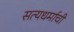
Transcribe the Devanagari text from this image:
सत्यधर्माची